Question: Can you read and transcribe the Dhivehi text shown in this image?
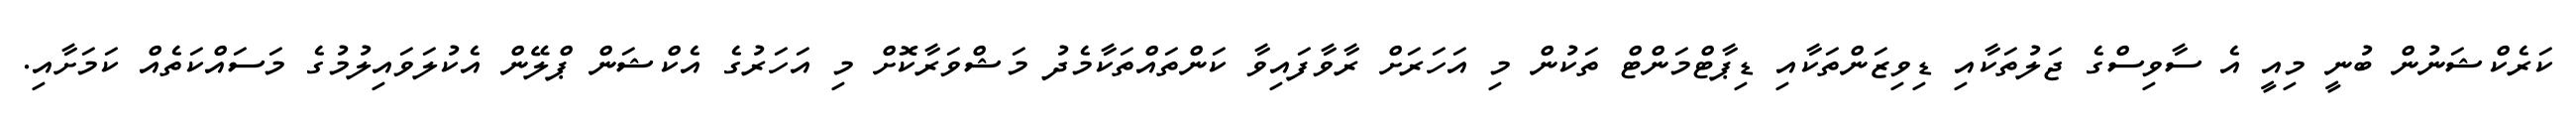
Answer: ކަރެކްޝަނުން ބުނީ މިއީ އެ ސާވިސްގެ ޖަލުތަކާއި ޑިވިޒަންތަކާއި ޑިޕާޓްމަންޓް ތަކުން މި އަހަރަށް ރާވާފައިވާ ކަންތައްތަކާމެދު މަޝްވަރާކޮށް މި އަހަރުގެ އެކްޝަން ޕްލޭން އެކުލަވައިލުމުގެ މަސައްކަތެއް ކަމަށާއި.